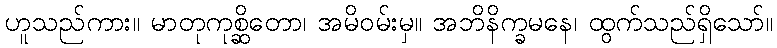
ဟူသည်ကား။ မာတုကုစ္ဆိတော၊ အမိဝမ်းမှ။ အဘိနိက္ခမနေ၊ ထွက်သည်ရှိသော်။